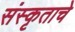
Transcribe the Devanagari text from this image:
संस्कृताचे